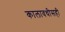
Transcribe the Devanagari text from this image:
कालावधीसही